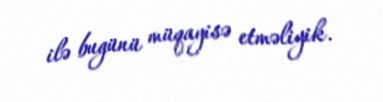
ilə bugünü müqayisə etməliyik.